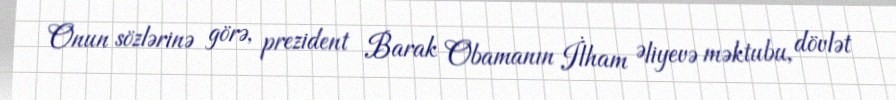
Onun sözlərinə görə, prezident Barak Obamanın İlham Əliyevə məktubu, dövlət